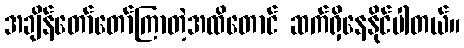
အချိန်တော်တော်ကြာတဲ့အထိတောင် ဆက်ရှိနေနိုင်ပါတယ်။